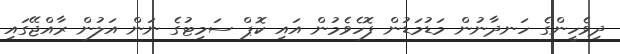
ދިވެހީންގެ ހަނދާނުން މަޑުމަޑުން ފޮހެވެމުން އައި ކޮޕް ސަމިޓުގެ ނަން އަލުން ރާއްޖޭގައި